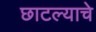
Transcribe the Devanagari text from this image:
छाटल्याचे